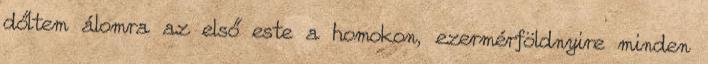
dőltem álomra az első este a homokon, ezermérföldnyire minden